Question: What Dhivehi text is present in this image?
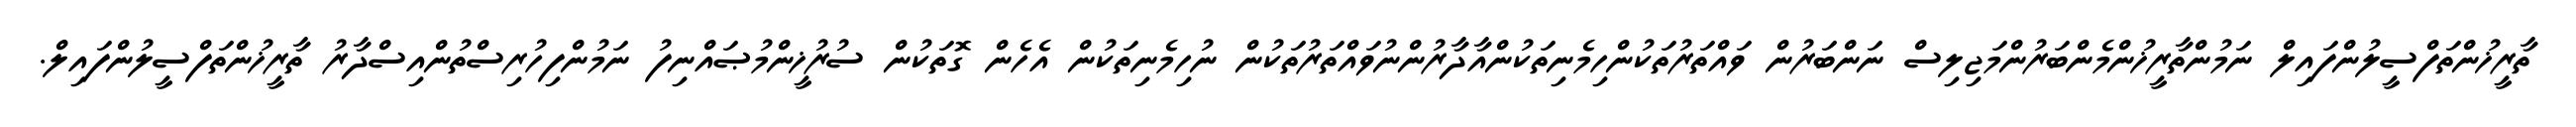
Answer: ތާރީޚުންތަފްސީލުންފައިލް ނަމުންތާރީޚުންމެންބަރުންމަޖިލިސް ނަންބަރުން ވައްތަރުތަކުންހިމެނިތަކުންއާދާރުންނުވައްތަރުތަކުން ނުހިމެނިތަކުން އެހެން ގޮތަކުން ސުރުޚީންމުޞައްނިފު ނަމުންފިހުރިސްތުންއިސްދާރު ތާރީޚުންތަފްސީލުންފައިލް.